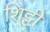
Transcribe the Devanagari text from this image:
शि्ट्टी